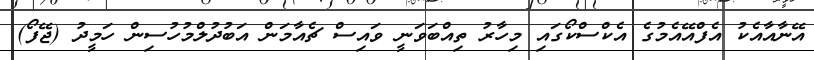
އޭނާއާއެކު އެފްއޭއެމުގެ އެކްސްކޯގައި މިހާރު ތިއްބަވަނީ ވައިސް ޗެއާމަން އަބުދުލްމުހުސިން ހަމީދު (ޖޭފޯ)